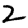
Digit: 2